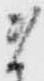
ま